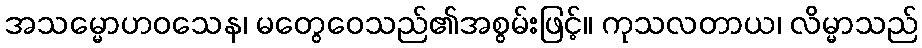
အသမ္မောဟဝသေန၊ မတွေဝေသည်၏အစွမ်းဖြင့်။ ကုသလတာယ၊ လိမ္မာသည်